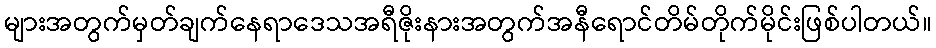
များအတွက်မှတ်ချက်နေရာဒေသအရီဇိုးနားအတွက်အနီရောင်တိမ်တိုက်မိုင်းဖြစ်ပါတယ်။